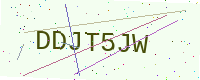
Text: DDJT5JW